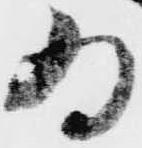
為